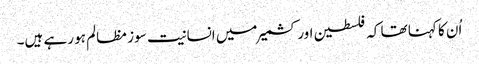
اُن کا کہنا تھا کہ فلسطین اور کشمیر میں انسانیت سوز مظالم ہو رہے ہیں۔